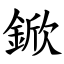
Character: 鍁